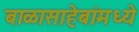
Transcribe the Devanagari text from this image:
बाळासाहेबांमध्ये